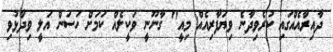
ދާއިރާއެއްގައި ކުރެވިދާނެ ވިޔަފާރިއެއް މިއީ" ގާނޫނީ ވަކީލެއް ކަމަށް ހަސަން އަލީ ވިދާޅުވި